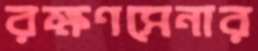
রক্ষণসেনার